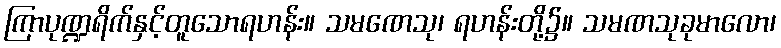
ကြာပုဏ္ဍရိက်နှင့်တူသောရဟန်း။ သမဏေသု၊ ရဟန်းတို့၌။ သမဏသုခုမာလော၊